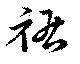
裾